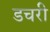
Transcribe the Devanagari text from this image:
डचरी